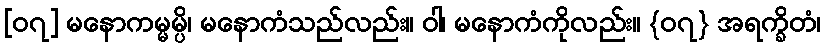
[၀၇] မနောကမ္မမ္ပိ၊ မနောကံသည်လည်း။ ဝါ၊ မနောကံကိုလည်း။ {၀၇} အရက္ခိတံ၊